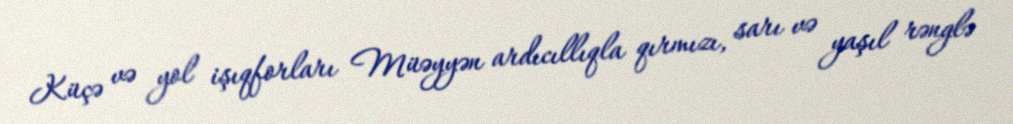
Küçə və yol işıqforları Müəyyən ardıcıllıqla qırmızı, sarı və yaşıl rənglə